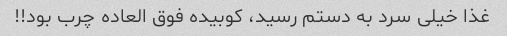
غذا خیلی سرد به دستم رسید، کوبیده فوق العاده چرب بود!!